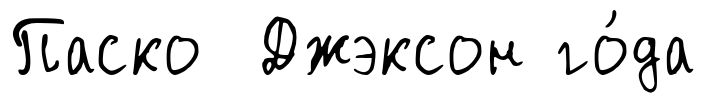
Паско Джэксон го́да